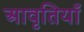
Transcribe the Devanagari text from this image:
अावृतियाँ